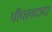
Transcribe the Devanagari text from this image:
पीपलदादा